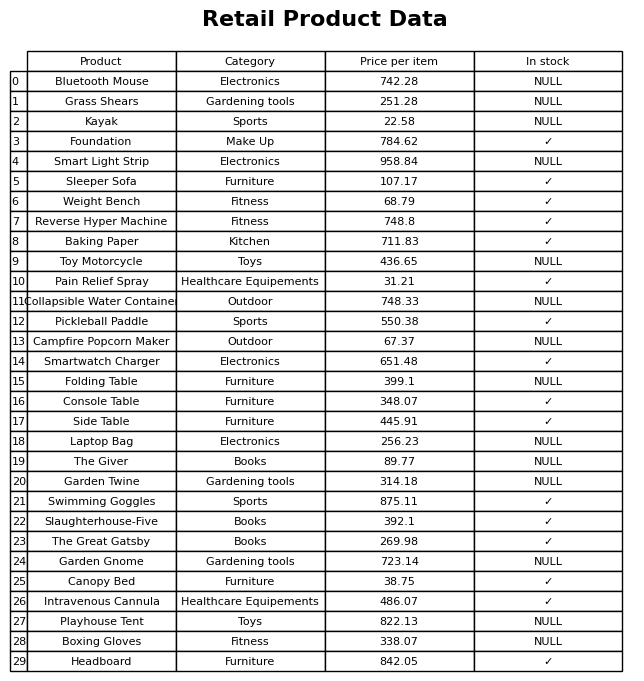
question: What is the price of the Garden Gnome?
answer: The price of Garden Gnome is 723.14.